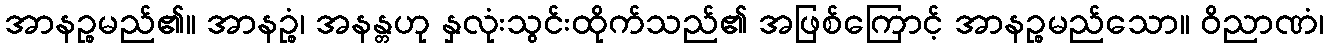
အာနဉ္စမည်၏။ အာနဉ္စံ၊ အနန္တဟု နှလုံးသွင်းထိုက်သည်၏ အဖြစ်ကြောင့် အာနဉ္စမည်သော။ ဝိညာဏံ၊